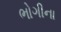
ભોગીના